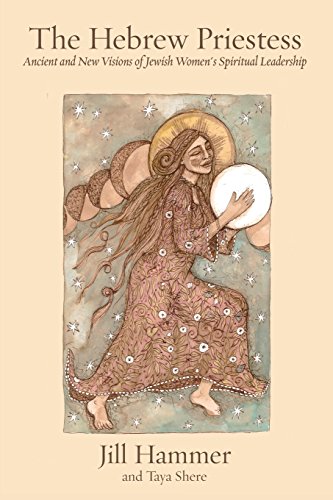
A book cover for The Hebrew Priestess: Ancient and New Visions of  Jewish Women's Spiritual Leadership; Jill Hammer; Religion & Spirituality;